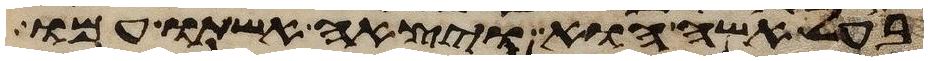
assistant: בעל אשה הוא ויצאה אשתו עמו